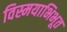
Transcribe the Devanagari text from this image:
विस्मयाभिभूत